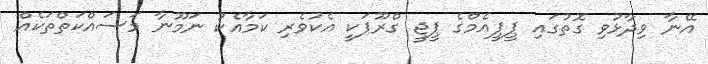
އޭނާ ވިދާޅުވި ގޮތުގައި ޕީޕީއެމްގެ ޕީޖީ ގްރޫޕަކީ އެކުވެރި ކަމާއެކު ނަމޫނާ މަސައްކަތްތަކެއް